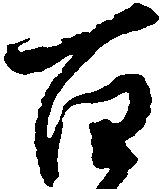
百